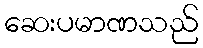
ဆေးပမာဏသည်